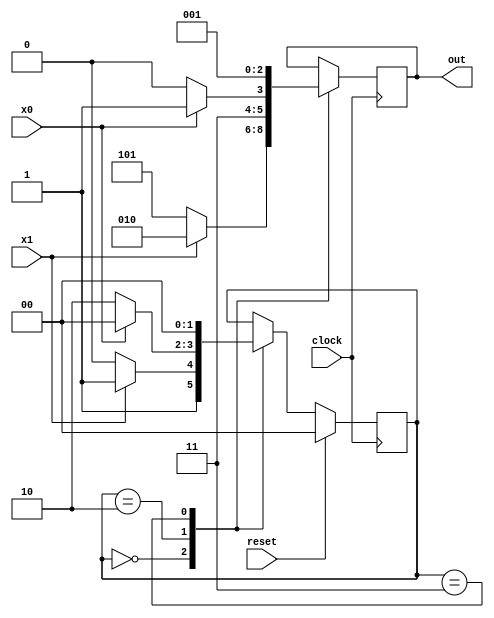
`timescale 1ns / 1ps
//////////////////////////////////////////////////////////////////////////////////
// Company: 
// Engineer: 
// 
// Design Name: 
// Module Name: vlad
// Project Name: 
// Target Devices: 
// Tool Versions: 
// Description: 
// 
// Dependencies: 
// 
// Revision:
// Revision 0.01 - File Created
// Additional Comments:
// 
//////////////////////////////////////////////////////////////////////////////////


module vlad(

    input x1,
    input x0,
    input clock,
    input reset,
    output reg [2:0] out
   
    );
    
    reg [1:0] state;
    
    // codificarea starilor
    parameter q0=2'b00;
    parameter q1=2'b10;
    parameter q2=2'b11; 

    // functia de tranzitie intre stari
    always @(posedge clock)
    begin
        if(reset) state <= q0;
        else 
        case(state)
                q0: if(x1) state <= q2;
                    else state <= q1;
                    
                q1: if(x0) state <= q0;
                    else state <= q1;
            
                q2: state <= q0;
        endcase
    end 
    
    // functia de tranzitie la output (Mealy cu intarziere)
    always @(posedge clock)
    case(state)
        q0: if(x1) out=3'b010;
            else out=3'b101;
        q1: if(x0) out=3'b111;
            else out=3'b110;
        q2: out=3'b001;
     endcase
     
endmodule